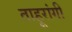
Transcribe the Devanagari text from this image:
ताहूरांगी